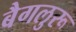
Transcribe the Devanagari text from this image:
बैगलुरू